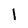
Character: 1